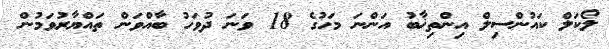
ލޯކަލް ކައުންސިލް އިންތިޚާބު އަންނަ މަހުގެ 18 ވަނަ ދުވަހު ބާއްވަން ތައްޔާރުވަމުން